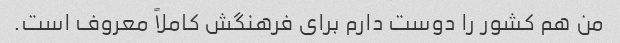
من هم کشور را دوست دارم برای فرهنگش کاملاً معروف است.